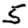
Digit: 5